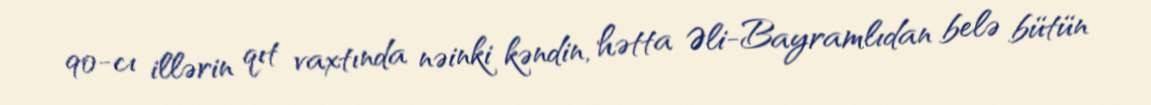
90-cı illərin qıt vaxtında nəinki kəndin, hətta Əli-Bayramlıdan belə bütün